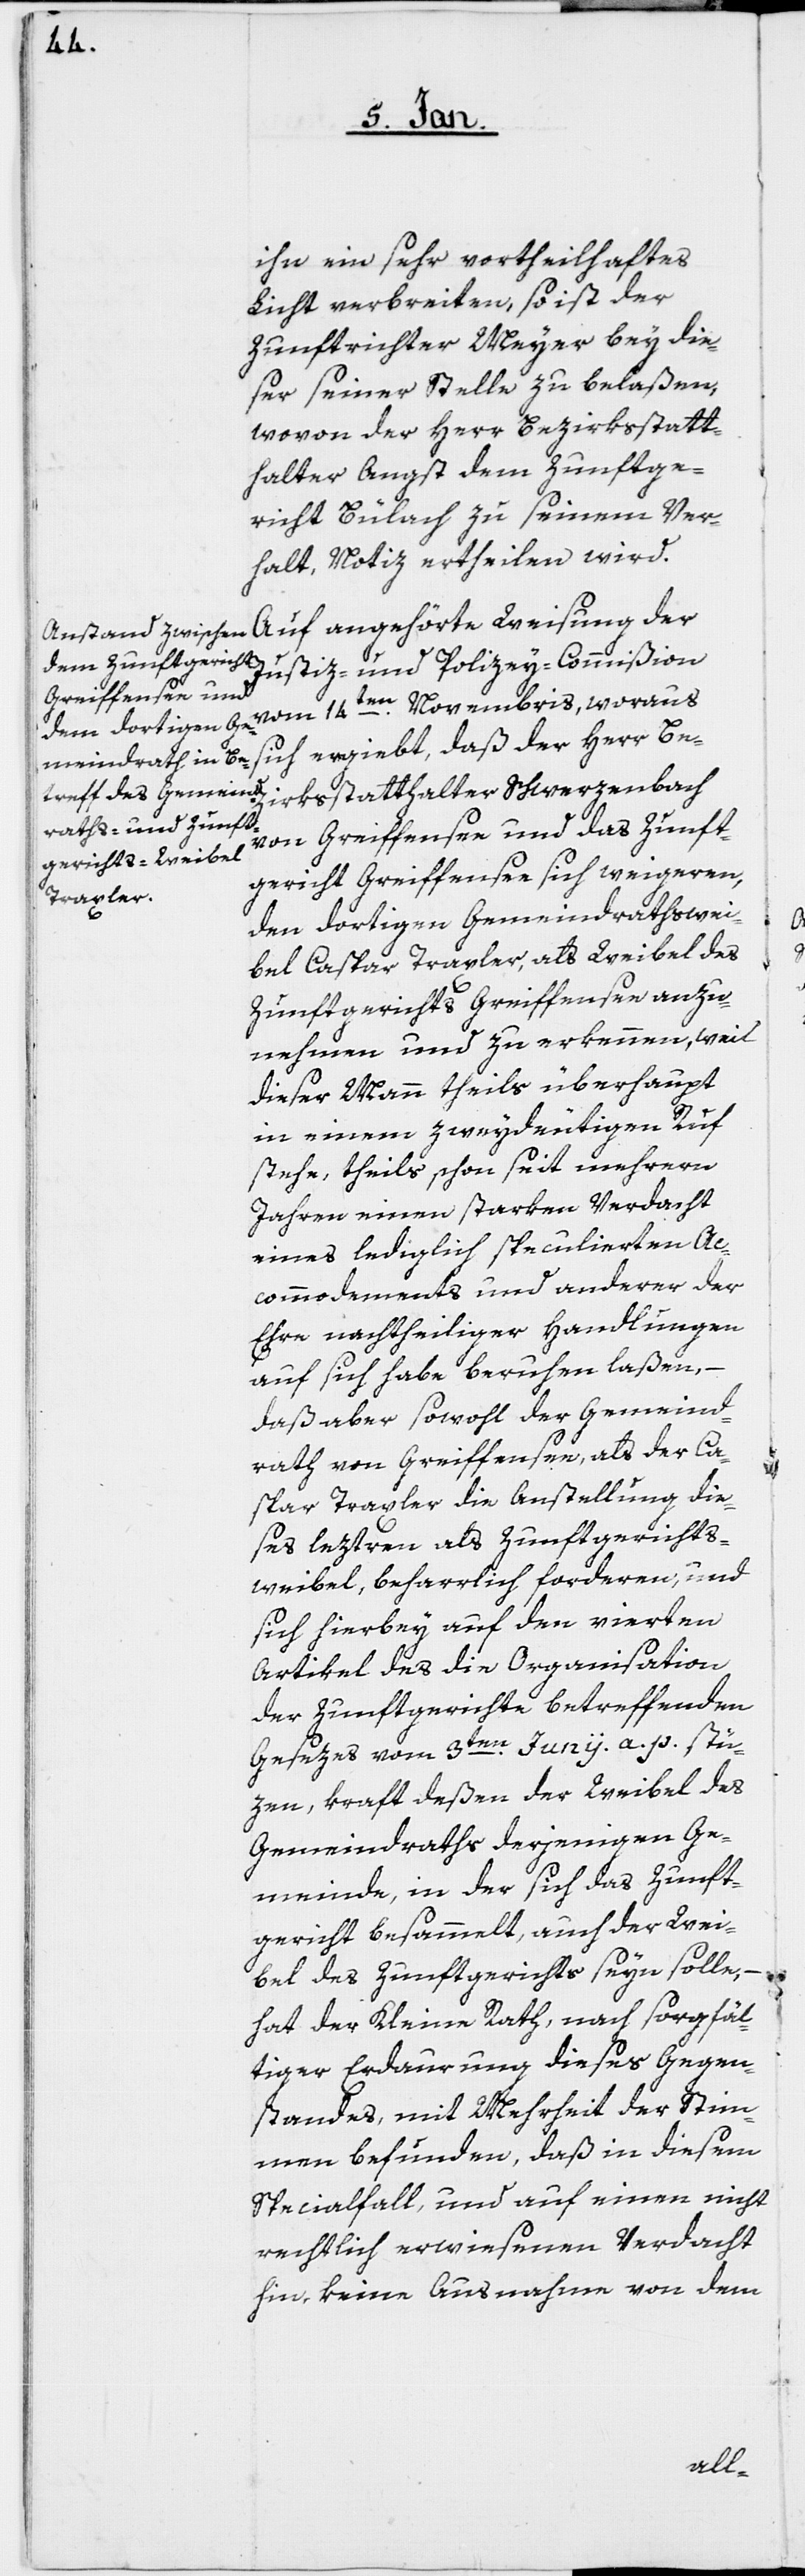
ihn ein sehr vortheilhaftes
Licht verbreiten, so ist der
Zunftrichter Meyer bey die¬
ser seiner Stelle zu belaßen,
wovon der Herr Bezirksstatt¬
halter Angst dem Zunftge¬
richt Bülach zu seinem Ver¬
halt, Notiz ertheilen wird.
Justiz- und Polizey-Commißion
vom 14ten. Novembris, woraus
sich ergiebt, daß der Herr Be¬
zirksstatthalter Schwerzenbach
von Greiffensee und das Zunft¬
gericht Greiffensee sich weigeren,
den dortigen Gemeindrathswei¬
bel Caspar Traxler, als Weibel des
Zunftgerichts Greiffensee anzu¬
nehmen und zu erkennen, weil
dieser Mann theils überhaupt
in einem zweydeutigen Ruf
stehe, theils schon seit mehrern
Jahren einen starken Verdacht
eines lediglich speculierten Ac¬
commodaments und anderer der
Ehre nachtheiliger Handlungen
auf sich habe beruhen laßen, –
daß aber sowohl der Gemeind¬
rath von Greiffensee als der Ca¬
spar Traxler die Anstellung die¬
ses leztern als Zunftgerichts¬
weibel beharrlich forderen, und
sich hierbey auf den vierten
Artikel des die Organisation
der Zunftgerichte betreffenden
Gesezes vom 3ten. Junii a. p. stü¬
zen, kraft deßen der Weibel des
Gemeindraths derjenigen Ge¬
meinde, in der sich das Zunft¬
gericht besammelt, auch der Wei¬
bel des Zunftgerichts seyn solle, –
hat der Kleine Rath, nach sorgfäl¬
tiger Erdaurung dieses Gegen¬
standes, mit Mehrheit der Stim¬
men befunden, daß in diesem
Specialfall, und auf einen nicht
rechtlich erwiesenen Verdacht
hin, keine Ausnahme von dem